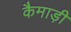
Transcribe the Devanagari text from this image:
कैमाड़ी